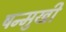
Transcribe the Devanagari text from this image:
षन्मुखी